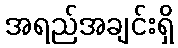
အရည်အချင်းရှိ